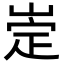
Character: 𡹦